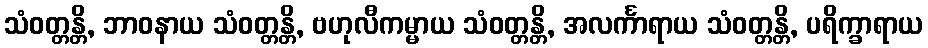
သံဝတ္တန္တိ, ဘာဝနာယ သံဝတ္တန္တိ, ဗဟုလီကမ္မာယ သံဝတ္တန္တိ, အလင်္ကာရာယ သံဝတ္တန္တိ, ပရိက္ခာရာယ